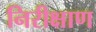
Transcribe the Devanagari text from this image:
निरीक्षाण